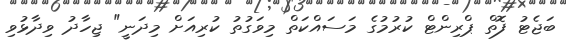
ބަޖެޓު ފޮތް ޕްރިންޓް ކުރުމުގެ މަސައްކަތް މިވަގުތު ކުރިއަށް މިދަނީ" ޖިހާދު ވިދާޅުވި